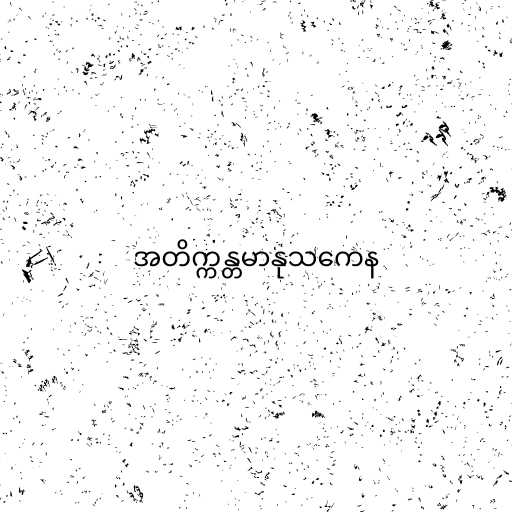
အတိက္ကန္တမာနုသကေန